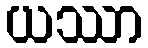
ယဿာ